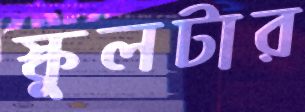
স্কুলটার